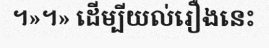
។»។» ដើម្បីយល់រឿងនេះ